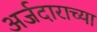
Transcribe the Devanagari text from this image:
अर्जदाराच्या